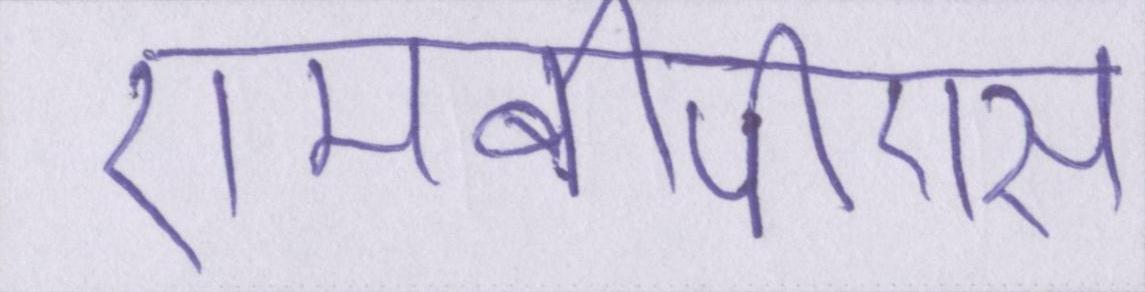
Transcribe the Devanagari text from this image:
एमबीपीएस